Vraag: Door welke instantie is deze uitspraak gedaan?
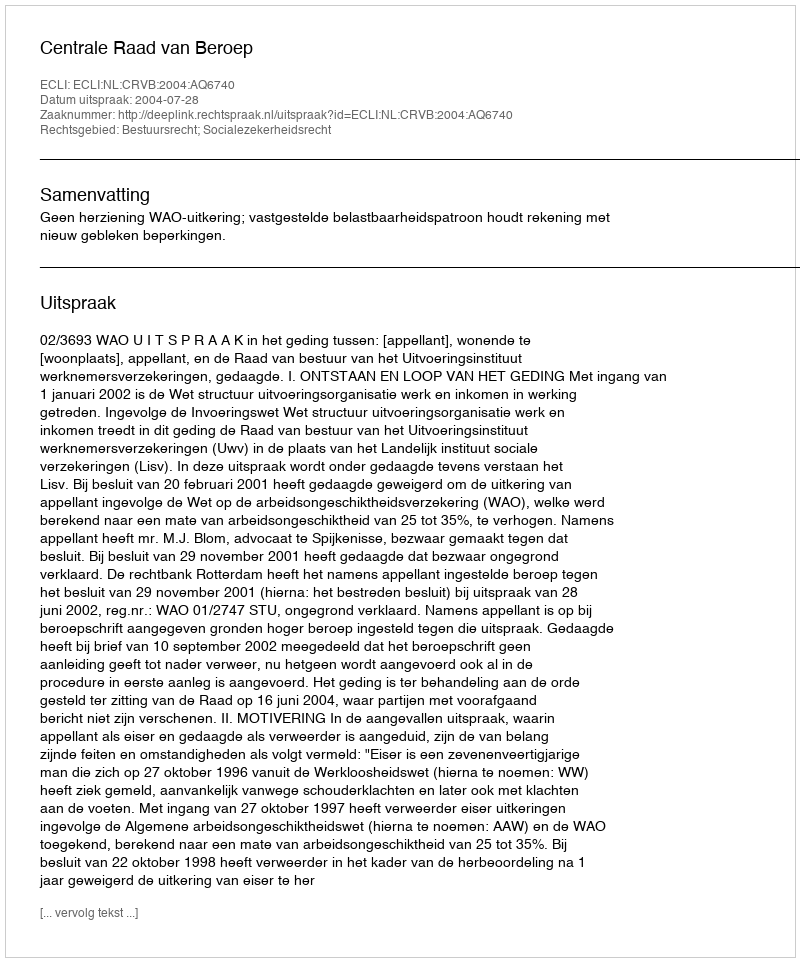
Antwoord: Centrale Raad van Beroep